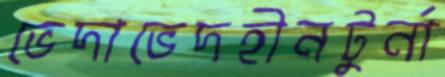
ভেদাভেদহীনটুর্না